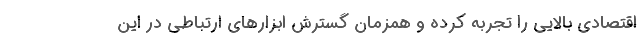
اقتصادی بالایی را تجربه کرده و همزمان گسترش ابزارهای ارتباطی در این